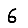
Digit: 6